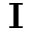
{ \bf I }